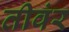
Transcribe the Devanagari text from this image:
तीवंर